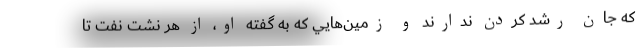
كه جان رشد كردن ندارند و زمين‌هايي كه به گفته او، از هر نشت نفت تا